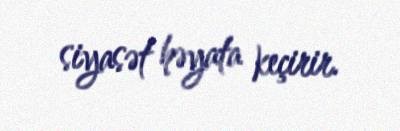
siyasət həyata keçirir.